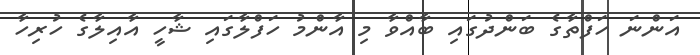
އަންނަ ހަފްތާގެ ބަންދުގައި ބާއްވާ މި އާންމު ހަފްލާގައި ޝާހީ އާއިލާގެ ހުރިހާ